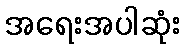
အရေးအပါဆုံး